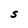
Character: S